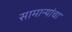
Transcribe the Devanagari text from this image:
सामान्यांचा